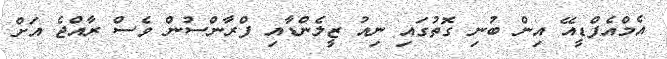
އެމްއެފްޑީއޭ އިން ބުނި ގޮތުގައި ނިއު ޒީލެންޑާއި ފްރާންސުން ވެސް ރާއްޖެ އަށް